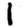
Digit: 1